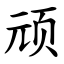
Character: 顽